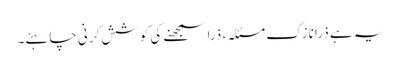
یہ ہے ذرا نازک مسئلہ، ذرا سمجھنے کی کوشش کرنی چاہئے۔